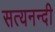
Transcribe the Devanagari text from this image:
सत्यनन्दी